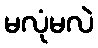
မလုံမလဲ